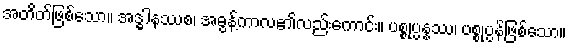
အတိတ်ဖြစ်သော။ အဒ္ဓါနဿစ၊ အဓွန့်ကာလ၏လည်းကောင်း။ ပစ္စုပ္ပန္နဿ၊ ပစ္စုပ္ပန်ဖြစ်သော။